Report on vaccination in Madras 1877-1894 - 1877-1894
Year: 1877
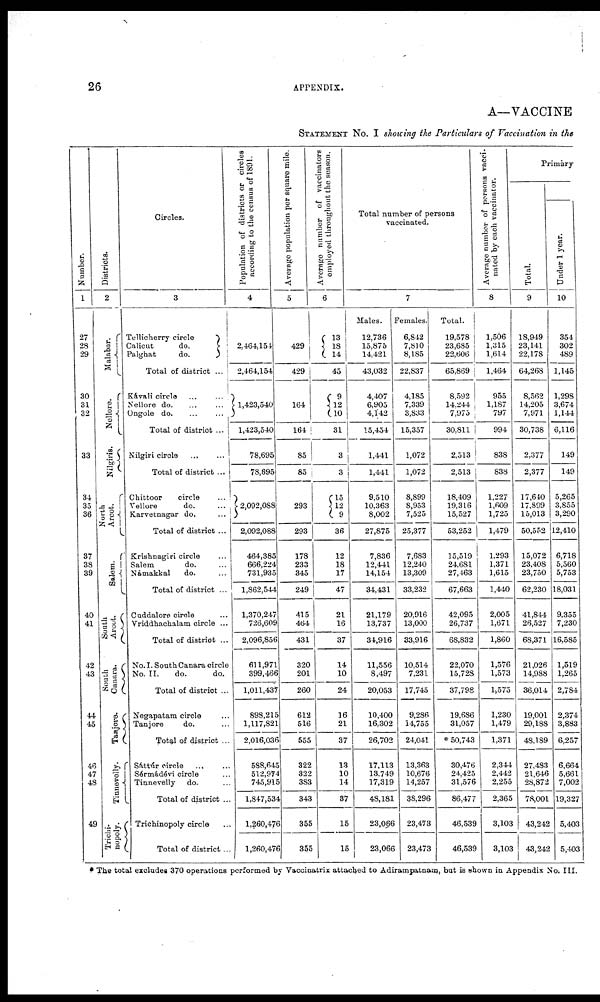
26
APPENDIX.
A—VACCINE
STATEMENT No. I showing the Particulars of Vaccination in the
Number.
1
27
28
29
30
31
32
33
34
35
36
37
38
39
40
41
42
43
44
45
46
47
48
49
Districts.
2
Malabar.
Nellore.
Nilgiris.
North
Arcot.
Salem.
South
Arcot.
South
Canara.
Tanjore.
Tinnevolly.
Trichi¬
nopoly.
Circles.
3
Tellicherry circle
Calicut
do.
Palghat
do.
Total of district ...
Kávali circle ... ...
Nellore do. ... ...
Ongole do. ... ...
Total of district ...
Nilgiri circle ... ...
Total of district. ...
Chittoor
circle ...
Vellore
do. ...
Karvetnagar do. ...
Total of district ...
Krishnagiri circle ...
Salem
do. ...
Námakkal
do. ...
Total of district ...
Cuddalore circle ...
Vriddhachalam circle ...
Total of district ...
No.I. South Canara circle
No. II.
do.
do.
Total of district ...
Negapatam circle ...
Tanjore
do. ...
Total of district ...
Sáttúr circle ... ...
Sérmádévi circle ...
Tinnevelly do. ...
Total of district ...
Trichinopoly circle ...
Total of district ...
Population of districts or circles
according to the census of 1891.
4
2,464,154
2,464,154
1,423,540
1,423,540
78,695
78,695
2,092,088
2,092,088
464,385
666,224
731,935
1,862,544
1,370,247
726,609
2,096,856
611,971
399,466
1,011,437
898,215
1,117,821
2,016,036
588,645
512,974
745,915
1,847,534
1,260,476
1,260,476
Average population per square mile.
5
429
429
164
164
85
85
293
293
178
233
345
249
415
464
431
320
201
260
612
516
555
322
322
383
343
355
355
Average number of vaccinators
employed throughout the season.
6
13
18
14
45
9
12
10
31
3
3
15
12
9
36
12
18
17
47
21
16
37
14
10
24
16
21
37
13
10
14
37
15
15
Total number of persons
vaccinated.
7
Males.
12,736
15,875
14,421
43,032
4,407
6,905
4,142
15,454
1,441
1,441
9,510
10,363
8,002
27,875
7,836
12,441
14,154
34,431
21,179
13,737
34,916
11,556
8,497
20,053
10,400
16,302
26,702
17,113
13,749
17,319
48,181
23,066
23,066
Females.
6,842
7,810
8,185
22,837
4,185
7,339
3,833
15,357
1,072
1,072
8,899
8,953
7,525
25,377
7,683
12,240
13,309
33,232
20,916
13,000
33,916
10,514
7,231
17,745
9,286
14,755
24,041
13,363
10,676
14,257
38,296
23,473
23,473
Total.
19,578
23,685
22,606
65,869
8,592
14,244
7,975
30,811
2,513
2,513
18,409
19,316
15,527
53,252
15,519
24,681
27,463
67,663
42,095
26,737
68,832
22,070
15,723
37,798
19,686
31,057
* 50,743
30,476
24,425
31,576
86,477
46,539
46,539
Average number of persons vacci-
nated by each vaccinator.
8
1,506
1,315
1,614
1,464
955
1,187
797
994
838
838
1,227
1,609
1,725
1,479
1,293
1,371
1,615
1,440
2,005
1,671
1,860
1,576
1,573
1,575
1,230
1,479
1,371
2,344
2,442
2,255
2,365
3,103
3,103
Primary
Total.
9
18,949
23,141
22,178
64,268
8,562
14,205
7,971
30,738
2,377
2,377
17,640
17,899
15,013
50,552
15,072
23,408
23,750
62,230
41,844
26,527
68,371
21,026
14,988
36,014
19,001
29,188
48,189
27,483
21,646
28,872
78,001
43,242
43,242
Under 1 year.
10
354
302
489
1,145
1,298
3,674
1,144
6,116
149
149
5,265
3,855
3,290
12,410
6,718
5,560
5,753
18,031
9,355
7,230
16,585
1,519
1,265
2,784
2,374
3,883
6,257
6,664
5,661
7,002
19,327
5,403
5,403
* The total excludes 370 operations performed by Vaccinatrix attached to Adirampatnam, but is shown in Appendix No. III.